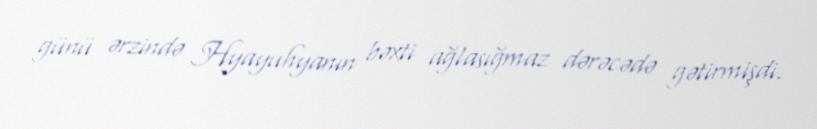
günü ərzində Hyayuhyanın bəxti ağlasığmaz dərəcədə gətirmişdi.